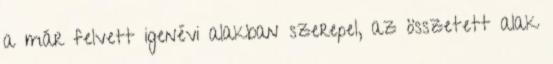
a már felvett igenévi alakban szerepel, az összetett alak